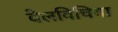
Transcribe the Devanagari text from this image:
वेलविचिया